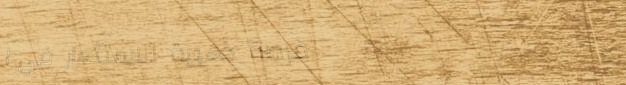
فرصة ذهبية للاستثمار في ا